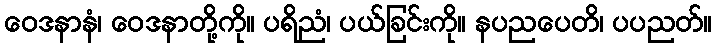
ဝေဒနာနံ၊ ဝေဒနာတို့ကို။ ပရိညံ၊ ပယ်ခြင်းကို။ နပညပေတိ၊ ပပညတ်။